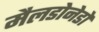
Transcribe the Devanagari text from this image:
मैलडोनेडो